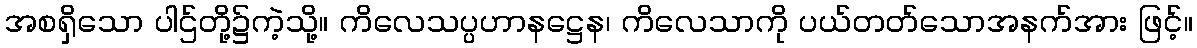
အစရှိသော ပါဌ်တို့၌ကဲ့သို့။ ကိလေသပ္ပဟာနဋ္ဌေန၊ ကိလေသာကို ပယ်တတ်သောအနက်အား ဖြင့်။